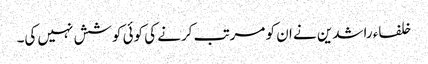
خلفاء راشدین نے ان کو مرتب کرنے کی کوئی کوشش نہیں کی۔